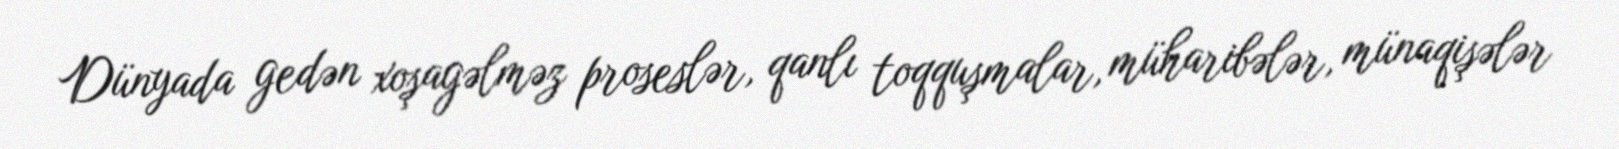
Dünyada gedən xoşagəlməz proseslər, qanlı toqquşmalar, müharibələr, münaqişələr